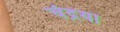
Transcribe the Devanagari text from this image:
चंद्रया